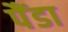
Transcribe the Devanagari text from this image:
पैंडा